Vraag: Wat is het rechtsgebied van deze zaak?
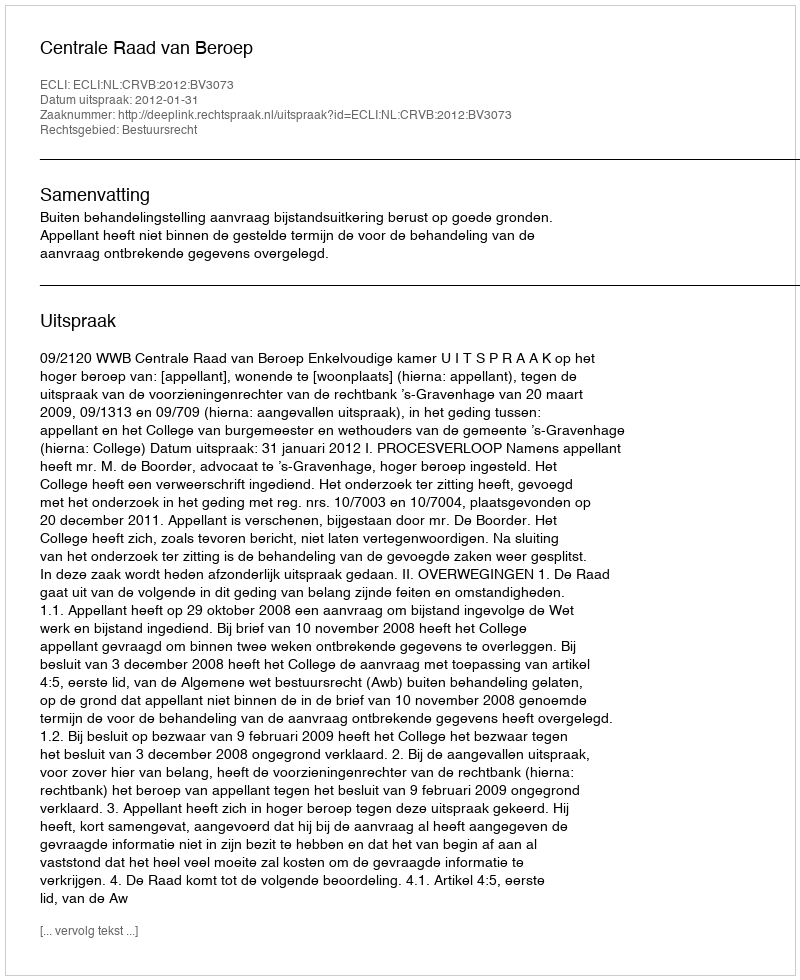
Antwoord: Bestuursrecht